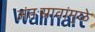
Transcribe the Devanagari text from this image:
अंतःस्रावांमुळे